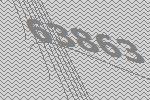
63863